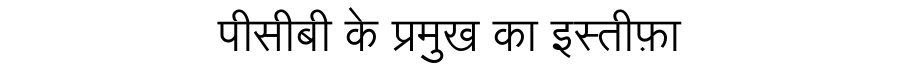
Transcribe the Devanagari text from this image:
पीसीबी के प्रमुख का इस्तीफ़ा